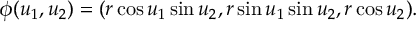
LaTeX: \phi ( u _ { 1 } , u _ { 2 } ) = ( r \cos u _ { 1 } \sin u _ { 2 } , r \sin u _ { 1 } \sin u _ { 2 } , r \cos u _ { 2 } ) .